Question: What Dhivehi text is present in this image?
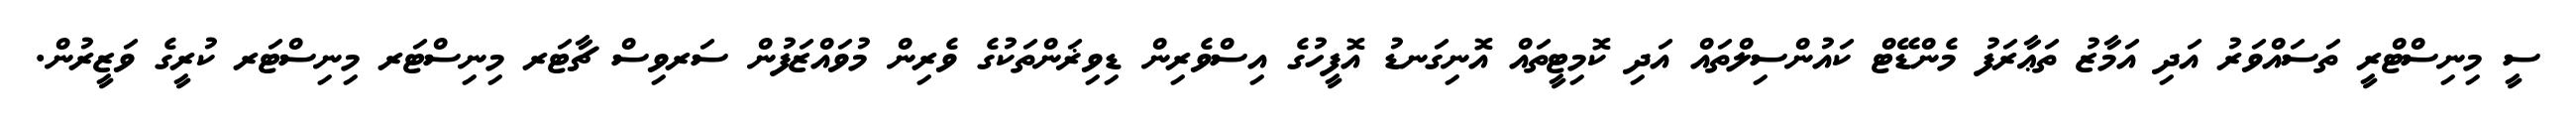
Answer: ސީ މިނިސްޓްރީ ތަސައްވަރު އަދި އަމާޒު ތަޢާރަފު މެންޑޭޓް ކައުންސިލްތައް އަދި ކޮމިޓީތައް އޮނިގަނޑު އޮފީހުގެ އިސްވެރިން ޑިވިޜަންތަކުގެ ވެރިން މުވައްޒަފުން ސަރވިސް ޗާޓަރ މިނިސްޓަރ މިނިސްޓަރ ކުރީގެ ވަޒީރުން.